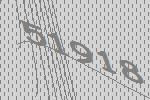
51918